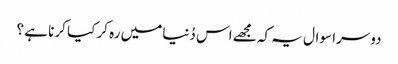
دوسرا سوال یہ کہ مجھے اس دُنیا میں رہ کر کیا کرنا ہے ؟